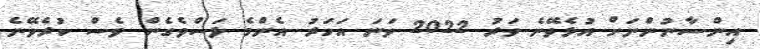
އިންސާނުންނަށް އުޅެވޭނެ ވަރު 2022 ވަނަ އަހަރު އެންމެ ލަސްވެގެން ވެސް ކުރެވޭނެ